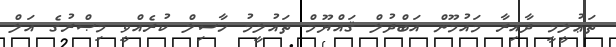
ތަޢުލީމީ ދާއިރާ މައުމޫން އަބްދުލް ޤައްޔޫމް ތައުލީމު ހާސިލް ކުރެއްވީ މިޞްރުގެ އަލް